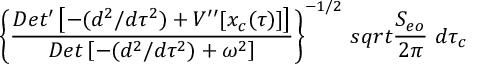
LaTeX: \left\{ { \frac { D e t ^ { \prime } \left[ - ( d ^ { 2 } / d \tau ^ { 2 } ) + V ^ { \prime \prime } [ x _ { c } ( \tau ) ] \right] } { D e t \left[ - ( d ^ { 2 } / d \tau ^ { 2 } ) + \omega ^ { 2 } \right] } } \right\} ^ { - 1 / 2 } \, s q r t { { \frac { S _ { e o } } { 2 \pi } } } \ d \tau _ { c }